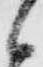
候